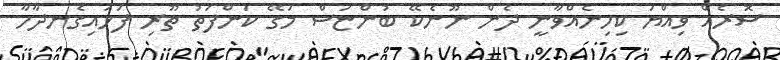
ސޮރެއް ވިއްޔަ ކިހިނެއްވާނީ ދެން ނޫނެކޭ ބުންޏަސް މަގޭ ކަންފަތު ތޫރި ފަޅައިގެނދާހާ